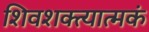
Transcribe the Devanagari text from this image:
शिवशक्त्यात्मकं